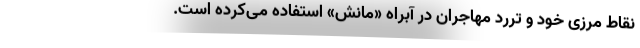
نقاط مرزی خود و تررد مهاجران در آبراه «مانش» استفاده می‌کرده است.